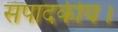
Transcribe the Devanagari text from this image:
संपादकीय।